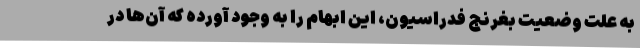
به علت وضعیت بغرنج فدراسیون، این ابهام را به وجود آورده که آن‌ها در